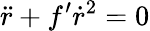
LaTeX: \ddot{r}+f^{\prime}\dot{r}^{2}=0